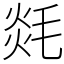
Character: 㲜